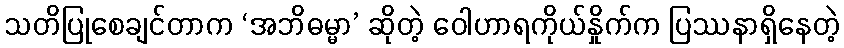
သတိပြုစေချင်တာက ‘အဘိဓမ္မာ’ ဆိုတဲ့ ဝေါဟာရကိုယ်နှိုက်က ပြဿနာရှိနေတဲ့